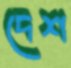
দেশ